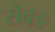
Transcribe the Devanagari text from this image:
सेवङ